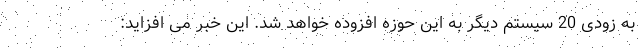
به زودی 20 سیستم دیگر به این حوزه افزوده خواهد شد. این خبر می افزاید: